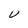
Character: U